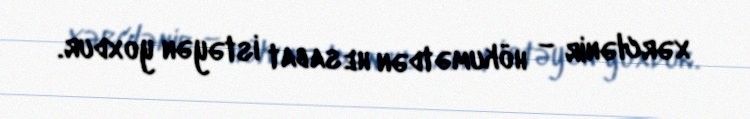
xərclənir – hökumətdən hesabat istəyən yoxdur.